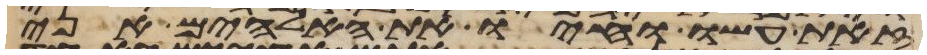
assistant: זאת עשו וחיו את האלהים אני